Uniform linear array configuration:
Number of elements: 24
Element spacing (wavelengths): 0.25
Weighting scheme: cosine
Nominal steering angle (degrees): -15
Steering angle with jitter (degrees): -15.738
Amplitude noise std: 0.05
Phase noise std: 0.05

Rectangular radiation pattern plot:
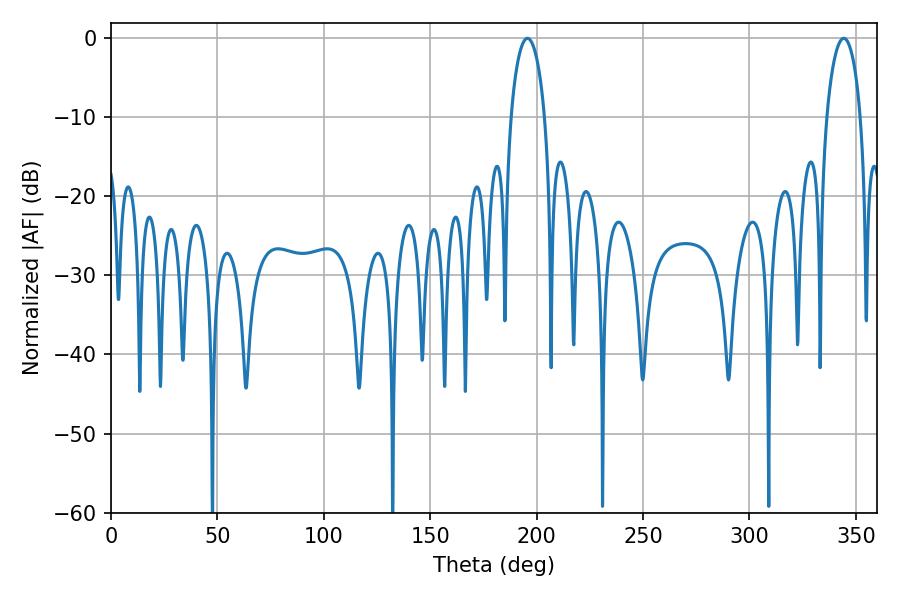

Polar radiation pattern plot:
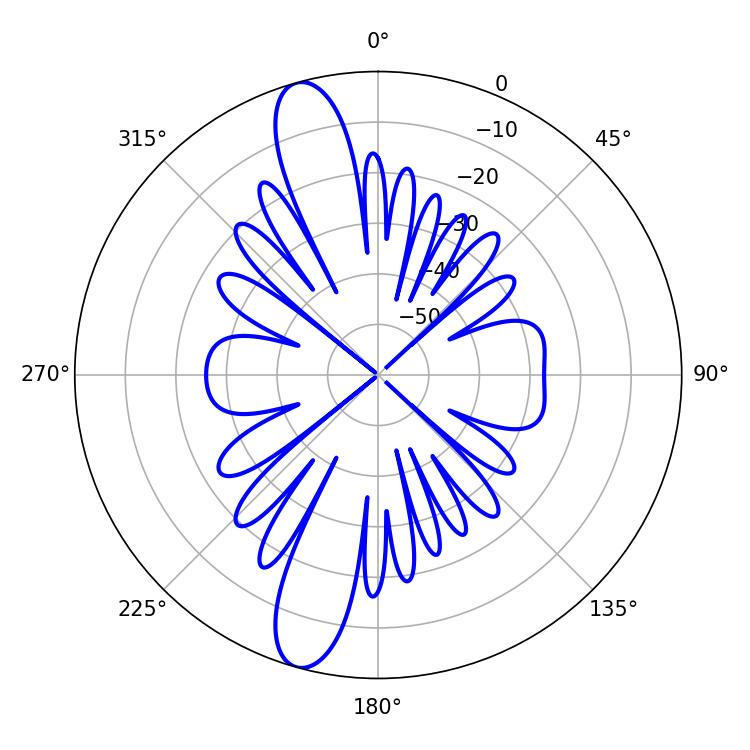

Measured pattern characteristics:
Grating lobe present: FALSE
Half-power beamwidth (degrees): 9.18
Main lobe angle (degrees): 195.66